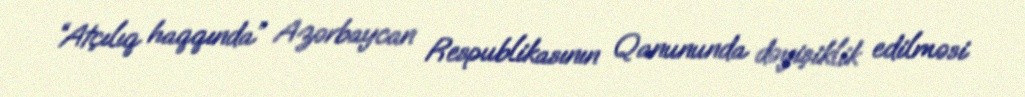
“Atçılıq haqqında” Azərbaycan Respublikasının Qanununda dəyişiklik edilməsi